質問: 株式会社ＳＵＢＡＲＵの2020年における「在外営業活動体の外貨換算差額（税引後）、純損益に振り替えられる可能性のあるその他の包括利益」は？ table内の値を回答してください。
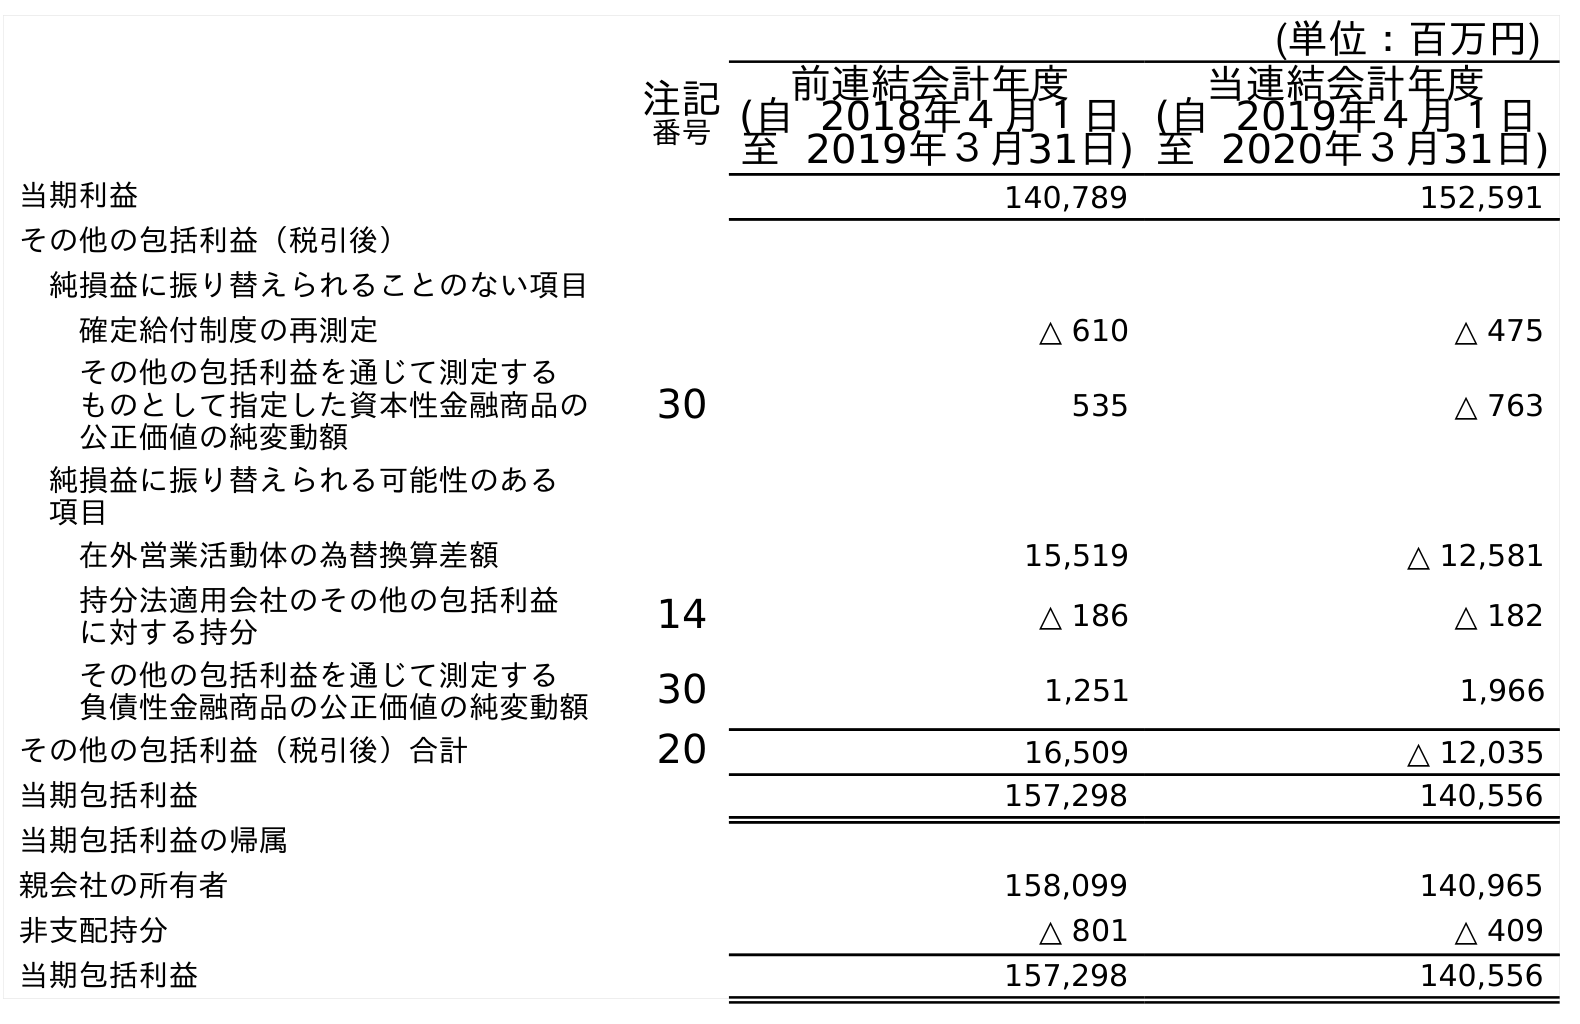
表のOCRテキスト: (単位：百万円) 注記 番号 前連結会計年度 (自 2018年４月１日 至 2019年３月31日) 当連結会計年度 (自 2019年４月１日 至 2020年３月31日) 当期利益 140,789 152,591 その他の包括利益（税引後） 純損益に振り替えられることのない項目 確定給付制度の再測定 △ 610 △ 475 その他の包括利益を通じて測定する ものとして指定した資本性金融商品の 公正価値の純変動額 30 535 △ 763 純損益に振り替えられる可能性のある 項目 在外営業活動体の為替換算差額 15,519 △ 12,581 持分法適用会社のその他の包括利益 に対する持分 14 △ 186 △ 182 その他の包括利益を通じて測定する 負債性金融商品の公正価値の純変動額 30 1,251 1,966 その他の包括利益（税引後）合計 20 16,509 △ 12,035 当期包括利益 157,298 140,556 当期包括利益の帰属 親会社の所有者 158,099 140,965 非支配持分 △ 801 △ 409 当期包括利益 157,298 140,556
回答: △12,581